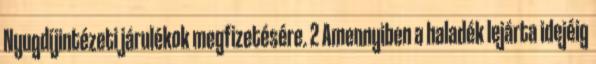
Nyugdíjintézeti járulékok megfizetésére. 2 Amennyiben a haladék lejárta idejéig